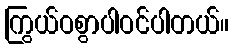
ကြွယ်ဝစွာပါဝင်ပါတယ်။